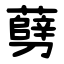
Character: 㔑